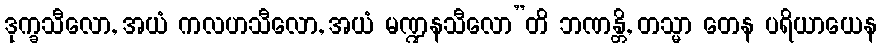
ဒုက္ခသီလော, အယံ ကလဟသီလော, အယံ မဏ္ဍနသီလော”တိ ဘဏန္တိ, တသ္မာ တေန ပရိယာယေန